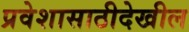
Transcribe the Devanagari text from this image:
प्रवेशासाठीदेखील